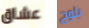
عشاق يلوح